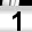
Digit: 1